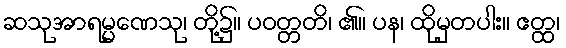
ဆသုအာရမ္မဏေသု၊ တို့၌။ ပဝတ္တတိ၊ ၏။ ပန၊ ထိုမှတပါး။ ဧတ္ထ၊